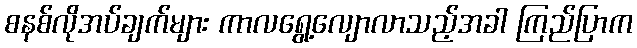
စနစ်လိုအပ်ချက်များ ကာလရွေ့လျောလာသည့်အခါ ကြည်ပြာက